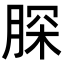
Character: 𦜊